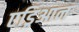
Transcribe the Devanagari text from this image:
एड्रिआन